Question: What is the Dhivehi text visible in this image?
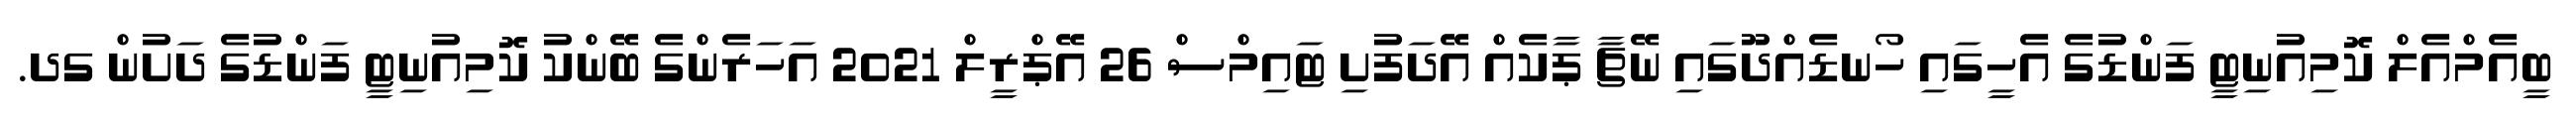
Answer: ބީއެމްއެލް ކޮމިއުނިޓީ ފަންޑުގެ އެހީގައި ހޯނޑެއްދޫގައި ނޭޗާ ޕާކެއް އޭދަފުށި ޓައިމްސް 26 އޭޕްރީލް 2021 އަހަރެންގެ ބޭންކު ކޮމިއުނިޓީ ފަންޑުގެ ދަށުން ގދ.